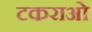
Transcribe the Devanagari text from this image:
टकराओ